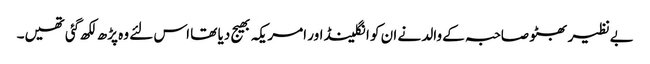
بےنظیر بھٹو صاحبہ کے والد نے ان کو انگلینڈ اور امریکہ بھیج دیا تھا اس لئے وہ پڑھ لکھ گئی تھیں۔